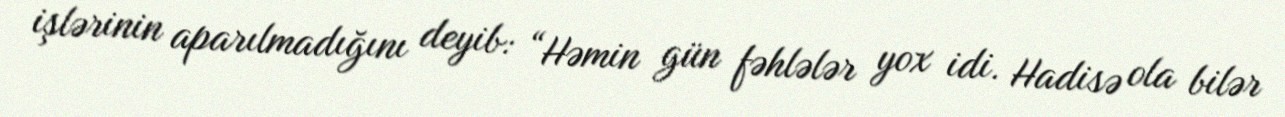
işlərinin aparılmadığını deyib: “Həmin gün fəhlələr yox idi. Hadisə ola bilər